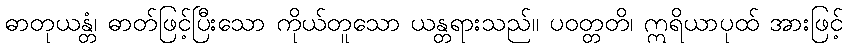
ဓာတုယန္တံ၊ ဓာတ်ဖြင့်ပြီးသော ကိုယ်တူသော ယန္တရားသည်။ ပဝတ္တတိ၊ ဣရိယာပုထ် အားဖြင့်